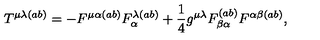
T ^ { \mu \lambda ( a b ) } = - F ^ { \mu \alpha ( a b ) } F _ { \alpha } ^ { \lambda ( a b ) } + \frac { 1 } { 4 } g ^ { \mu \lambda } F _ { \beta \alpha } ^ { ( a b ) } F ^ { \alpha \beta ( a b ) } ,